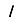
Digit: 1